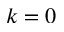
k = 0